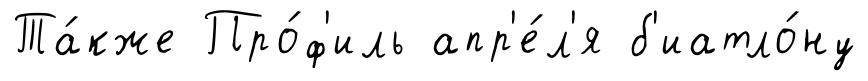
Та́кже Про́ф'иль апр'е́л'я б'иатло́ну